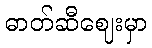
ဓာတ်ဆီဈေးမှာ